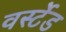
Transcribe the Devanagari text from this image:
वर्स्टेड